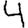
Digit: 4